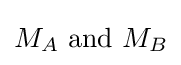
M_{A}{\text{ and }}M_{B}